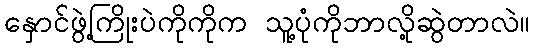
နှောင်ဖွဲ့ကြိုးပဲကိုကိုက သူ့ပုံကိုဘာလို့ဆွဲတာလဲ။